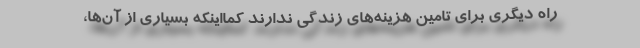
راه دیگری برای تامین هزینه‌های زندگی ندارند کمااینکه بسیاری از آن‌ها،